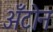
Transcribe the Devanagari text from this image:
अँटोन